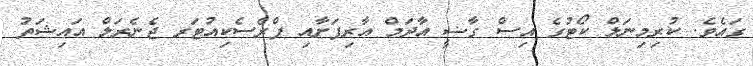
ގައެވެ. ކުރިމިނަލް ކޯޓުގެ އިސް ގާޟީ އާދަމް އާރިފަށާއި ޕްރެސެކިއުޓަރ ޖެނެރަލް އައިޝަތު